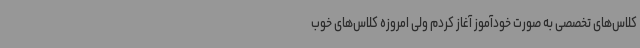
کلاس‌های تخصصی به ‌صورت خودآموز آغاز کردم ولی امروزه کلاس‌های خوب